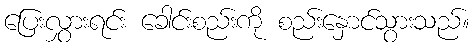
ပြေးလွှားရင်း ခေါင်းစည်းကို စည်းနှောင်သွားသည်။